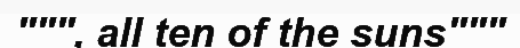
""", all ten of the suns"""